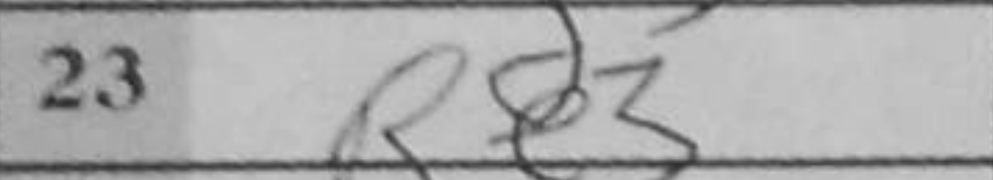
Transcription: Re3